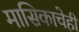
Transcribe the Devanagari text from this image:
मासिकाचेही